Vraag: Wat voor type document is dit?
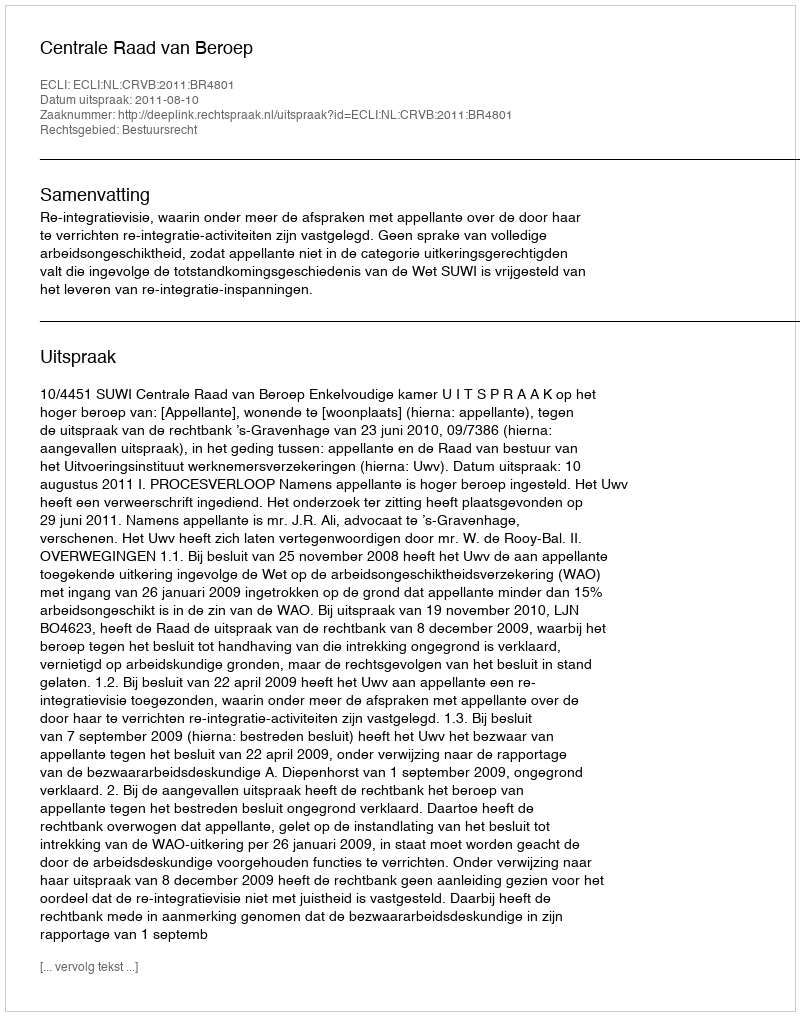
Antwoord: Uitspraak